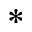
^ *